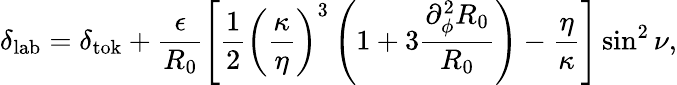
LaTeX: \delta_{\mathrm{lab}}=\delta_{\mathrm{tok}}+\frac{\epsilon}{R_{0}}\left[\frac{1}{2}\left(\frac{\kappa}{\eta}\right)^{3}\left(1+3\frac{\partial_{\phi}^{2}R_{0}}{R_{0}}\right)-\frac{\eta}{\kappa}\right]\sin^{2}\nu,